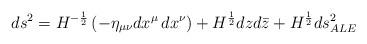
LaTeX: \begin{align*}ds^2=H^{-\frac{1}{2}}\left (-\eta_{\mu\nu}dx^\mu\,dx^\nu \right)+H^{\frac{1}{2}}dzd\bar{z}+H^{\frac{1}{2}}ds^2_{ALE}\end{align*}